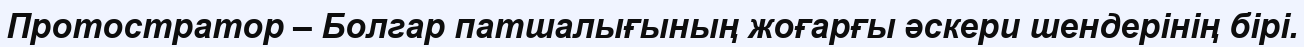
Протостратор – Болгар патшалығының жоғарғы әскери шендерінің бірі.